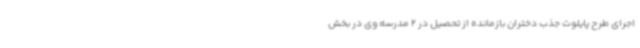
اجرای طرح پایلوت جذب دختران بازمانده از تحصیل در 2 مدرسه وی در بخش